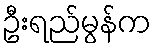
ဦးရည်မွန်က